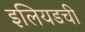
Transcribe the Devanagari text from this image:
इलियडची